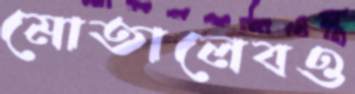
মোতালেবও